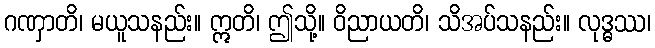
ဂဏှာတိ၊ မယူသနည်း။ ဣတိ၊ ဤသို့။ ဝိညာယတိ၊ သိအပ်သနည်း။ လုဒ္ဓဿ၊